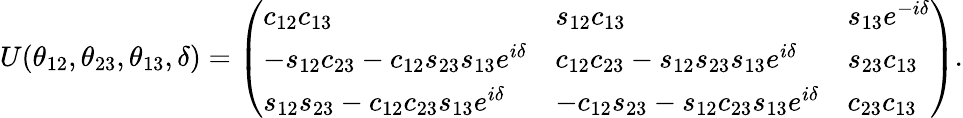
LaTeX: U(\theta_{12},\theta_{23},\theta_{13},\delta)=\left(\begin{array}{lll}{{c_{12}c_{13}}}&{{s_{12}c_{13}}}&{{s_{13}e^{-i\delta}}}\\ {{-s_{12}c_{23}-c_{12}s_{23}s_{13}e^{i\delta}}}&{{c_{12}c_{23}-s_{12}s_{23}s_{13}e^{i\delta}}}&{{s_{23}c_{13}}}\\ {{s_{12}s_{23}-c_{12}c_{23}s_{13}e^{i\delta}}}&{{-c_{12}s_{23}-s_{12}c_{23}s_{13}e^{i\delta}}}&{{c_{23}c_{13}}}\end{array}\right).